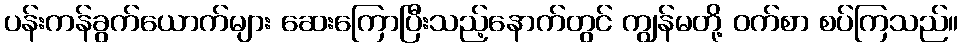
ပန်းကန်ခွက်ယောက်များ ဆေးကြောပြီးသည့်နောက်တွင် ကျွန်မတို့ ဝက်စာ စပ်ကြသည်။